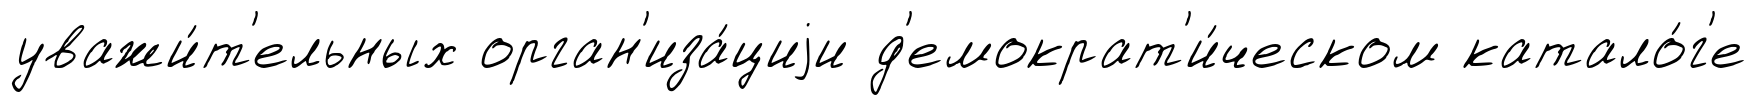
уважи́т'ельных орган'иза́циjи д'емократ'и́ческом катало́г'е